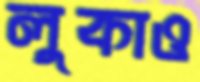
লুকাও